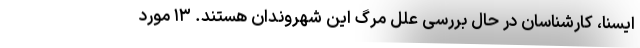
ایسنا، کارشناسان در حال بررسی علل مرگ این شهروندان هستند. ۱۳ مورد